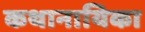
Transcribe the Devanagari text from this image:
कथानायिका